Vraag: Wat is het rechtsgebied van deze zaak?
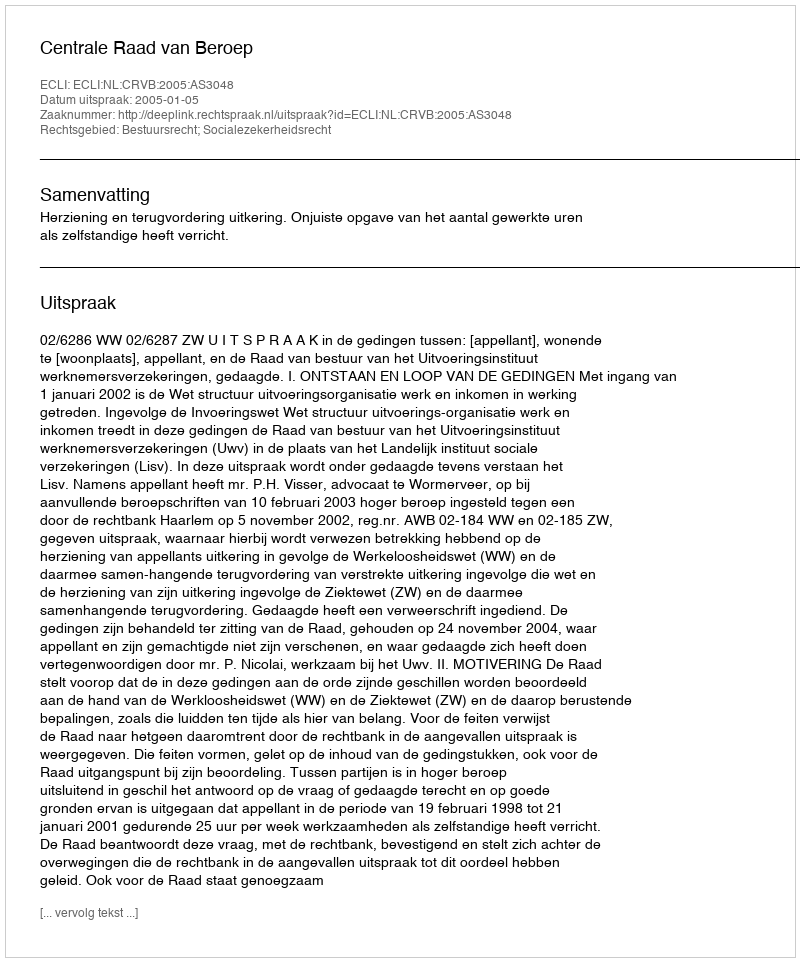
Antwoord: Bestuursrecht; Socialezekerheidsrecht